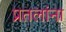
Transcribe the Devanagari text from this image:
प्रतलांना